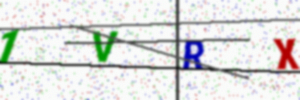
Text: 1VRX